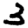
Digit: 3